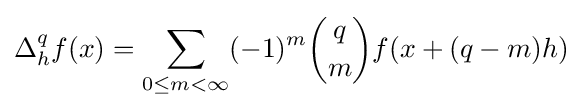
\Delta _{h}^{q}f(x)=\sum _{0\leq m<\infty }(-1)^{m}{q \choose m}f(x+(q-m)h)